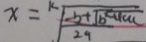
x = \sqrt [ k ] { \frac { - b + \sqrt { b ^ { 2 } - 4 a c } } { 2 9 } }